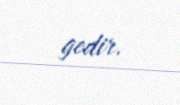
gedir.